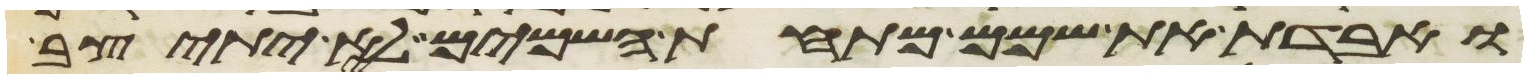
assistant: ואבדת את שמם מתחת השמים לא יתיצב